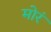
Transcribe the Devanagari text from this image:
मोरं